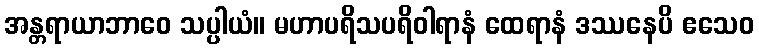
အန္တရာယာဘာဝေ သပ္ပါယံ။ မဟာပရိသပရိဝါရာနံ ထေရာနံ ဒဿနေပိ ဧသေဝ